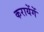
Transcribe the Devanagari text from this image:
करायेंगें